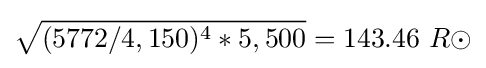
{\sqrt {(5772/4,150)^{4}*5,500}}=143.46\ R\odot